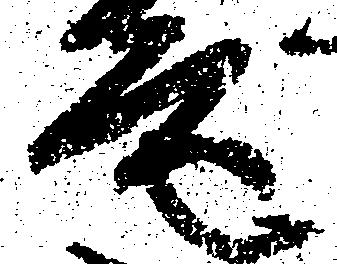
音